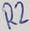
Text: R2